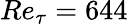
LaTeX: Re_{\tau}=644